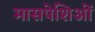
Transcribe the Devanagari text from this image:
मासपेशिओं